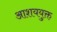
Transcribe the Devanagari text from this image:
आशययुक्त